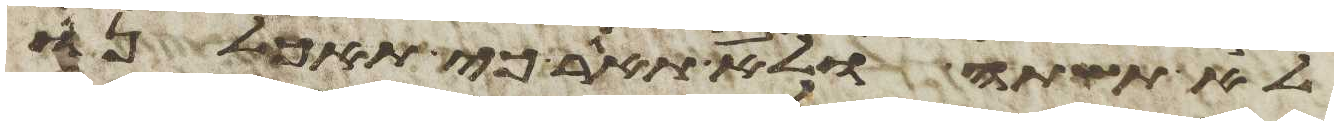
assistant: לא תשתה ולא תאגר כי תאכלנו